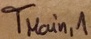
Text: TMain,1